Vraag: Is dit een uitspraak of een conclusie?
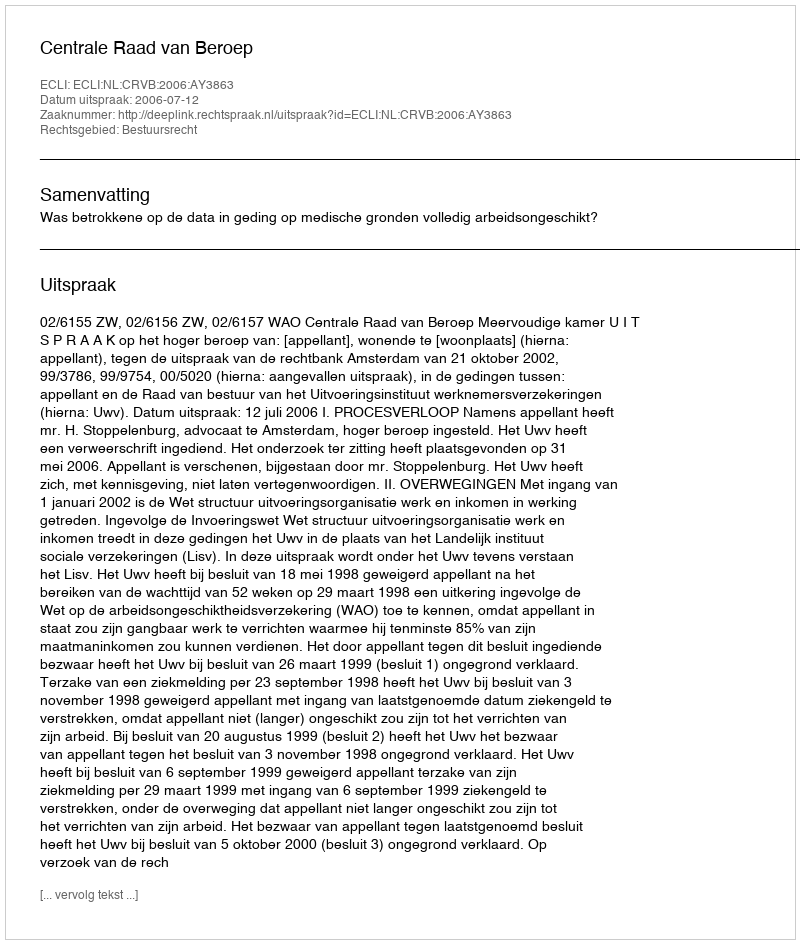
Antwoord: Uitspraak